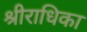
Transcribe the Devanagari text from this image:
श्रीराधिका